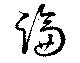
論